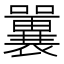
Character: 𡄿